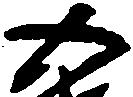
五